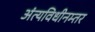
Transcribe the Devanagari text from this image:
अंत्यविधीनम्तर